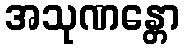
အသုဏန္တော